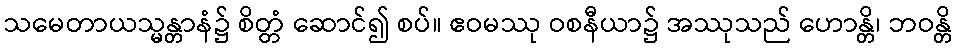
သမေတာယသ္မန္တာနံ၌ စိတ္တံ ဆောင်၍ စပ်။ ဧဝမဿု ဝစနီယာ၌ အဿုသည် ဟောန္တိ၊ ဘဝန္တိ